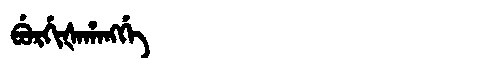
Manchu: ᠪᡠᡵᡤᡳᡧᠠᡥᠠᠩᡤᡝ
Romanization: BURGIŠAHANGGE